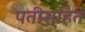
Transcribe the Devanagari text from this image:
पतीसहित